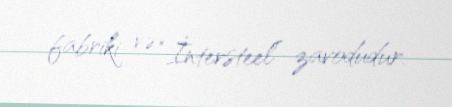
fabriki və “İntersteel” zavodudur.